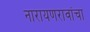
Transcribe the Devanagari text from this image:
नारायणरावांचा